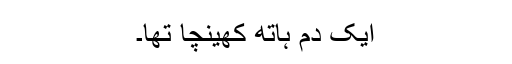
ایک دم ہاتھ کھینچا تھا۔